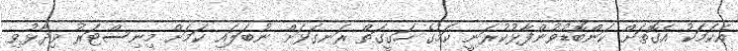
އެކަމަކު އެގޮތަށް ކަންބޮޑުވުންފާޅުކުރަނީ ކަމުގެ ހަގީގަތް ރަނގަޅަށް ނުބަލައި ކަމަށް މިނިސްޓަރު ވިދާޅުވި